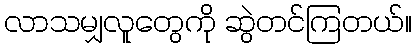
လာသမျှလူတွေကို ဆွဲတင်ကြတယ်။